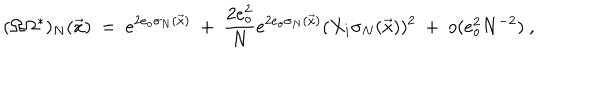
( \Omega \Omega ^ { * } ) _ { N } ( \vec { x } ) \ = \ e ^ { 2 e _ { o } \sigma _ { N } ( \vec { x } ) } \ + \ \frac { 2 e _ { o } ^ { 2 } } { N } e ^ { 2 e _ { o } \sigma _ { N } ( \vec { x } ) } ( X _ { i } \sigma _ { N } ( \vec { x } ) ) ^ { 2 } \ + \ o ( e _ { o } ^ { 2 } N ^ { - 2 } ) \ ,